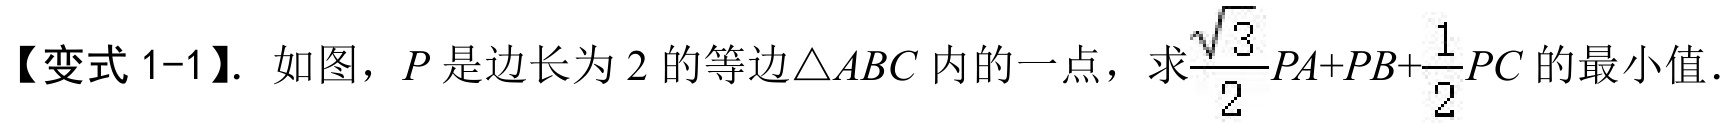
【变式 1-1】. 如图，\(P\)是边长为\(2\)的等边\(\triangle ABC\)内的一点，求\(\frac{\sqrt{3}}{2}PA + PB+\frac{1}{2}PC\)的最小值.